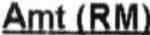
AMT (RM)